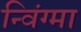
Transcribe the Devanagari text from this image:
न्विंग्मा